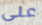
على